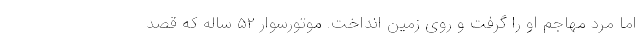
اما مرد مهاجم او را گرفت و روی زمین انداخت. موتورسوار ۵۲ ساله که قصد